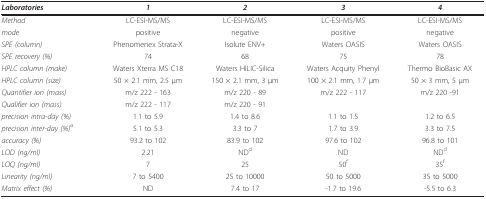
<table><thead><tr><td><b><i>Laboratories</i></b></td><td><b><i>1</i></b></td><td><b><i>2</i></b></td><td><b><i>3</i></b></td><td><b><i>4</i></b></td></tr></thead><tbody><tr><td><i>Method</i></td><td>LC-ESI-MS/MS</td><td>LC-ESI-MS/MS</td><td>LC-ESI-MS/MS</td><td>LC-ESI-MS/MS</td></tr><tr><td><i>mode</i></td><td>positive</td><td>negative</td><td>positive</td><td>negative</td></tr><tr><td><i>SPE (column)</i></td><td>Phenomenex Strata-X</td><td>Isolute ENV+</td><td>Waters OASIS</td><td>Waters OASIS</td></tr><tr><td><i>SPE recovery (%)</i></td><td>74</td><td>68</td><td>75</td><td>78</td></tr><tr><td><i>HPLC column (make)</i></td><td>Waters Xterra MS C18</td><td>Waters HILIC-Silica</td><td>Waters Acquity Phenyl</td><td>Thermo BioBasic AX</td></tr><tr><td><i>HPLC column (size)</i></td><td>50 × 2.1 mm, 2.5 μm</td><td>150 × 2.1 mm, 3 μm</td><td>100 × 2.1 mm, 1.7 μm</td><td>50 × 3 mm, 5 μm</td></tr><tr><td><i>Quantifier ion (mass)</i></td><td>m/z 222 - 163</td><td>m/z 220 - 89</td><td>m/z 222 - 117</td><td>m/z 220 -91</td></tr><tr><td><i>Qualifier ion (mass)</i></td><td>m/z 222 - 117</td><td>m/z 220 - 91</td><td>[EMPTY_CELL]</td><td>[EMPTY_CELL]</td></tr><tr><td><i>precision intra-day (%)</i></td><td>1.1 to 5.9</td><td>1.4 to 8.6</td><td>1.1 to 1.5</td><td>1.2 to 6.5</td></tr><tr><td><i>precision inter-day (%)<sup>a</sup></i></td><td>5.1 to 5.3</td><td>3.3 to 7</td><td>1.7 to 3.9</td><td>3.3 to 7.5</td></tr><tr><td><i>accuracy (%)</i></td><td>93.2 to 102</td><td>83.9 to 102</td><td>97.6 to 102</td><td>96.8 to 101</td></tr><tr><td><i>LOD (ng/ml)</i></td><td>2.21</td><td>ND<sup>d</sup></td><td>ND</td><td>ND<sup>d</sup></td></tr><tr><td><i>LOQ (ng/ml)</i></td><td>7</td><td>25</td><td>50<sup>f</sup></td><td>35<sup>f</sup></td></tr><tr><td><i>Linearity (ng/ml)</i></td><td>7 to 5400</td><td>25 to 10000</td><td>50 to 5000</td><td>35 to 5000</td></tr><tr><td><i>Matrix effect (%)</i></td><td>ND</td><td>7.4 to 17</td><td>-1.7 to 19.6</td><td>-5.5 to 6.3</td></tr></tbody></table>